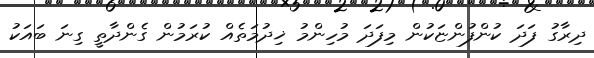
ދިރާގު ފަދަ ކުންފުންޏަކުން މިފަދަ މުހިންމު ޚިދުމަތެއް ކުރަމުން ގެންދާތީ ގިނަ ބައަކު